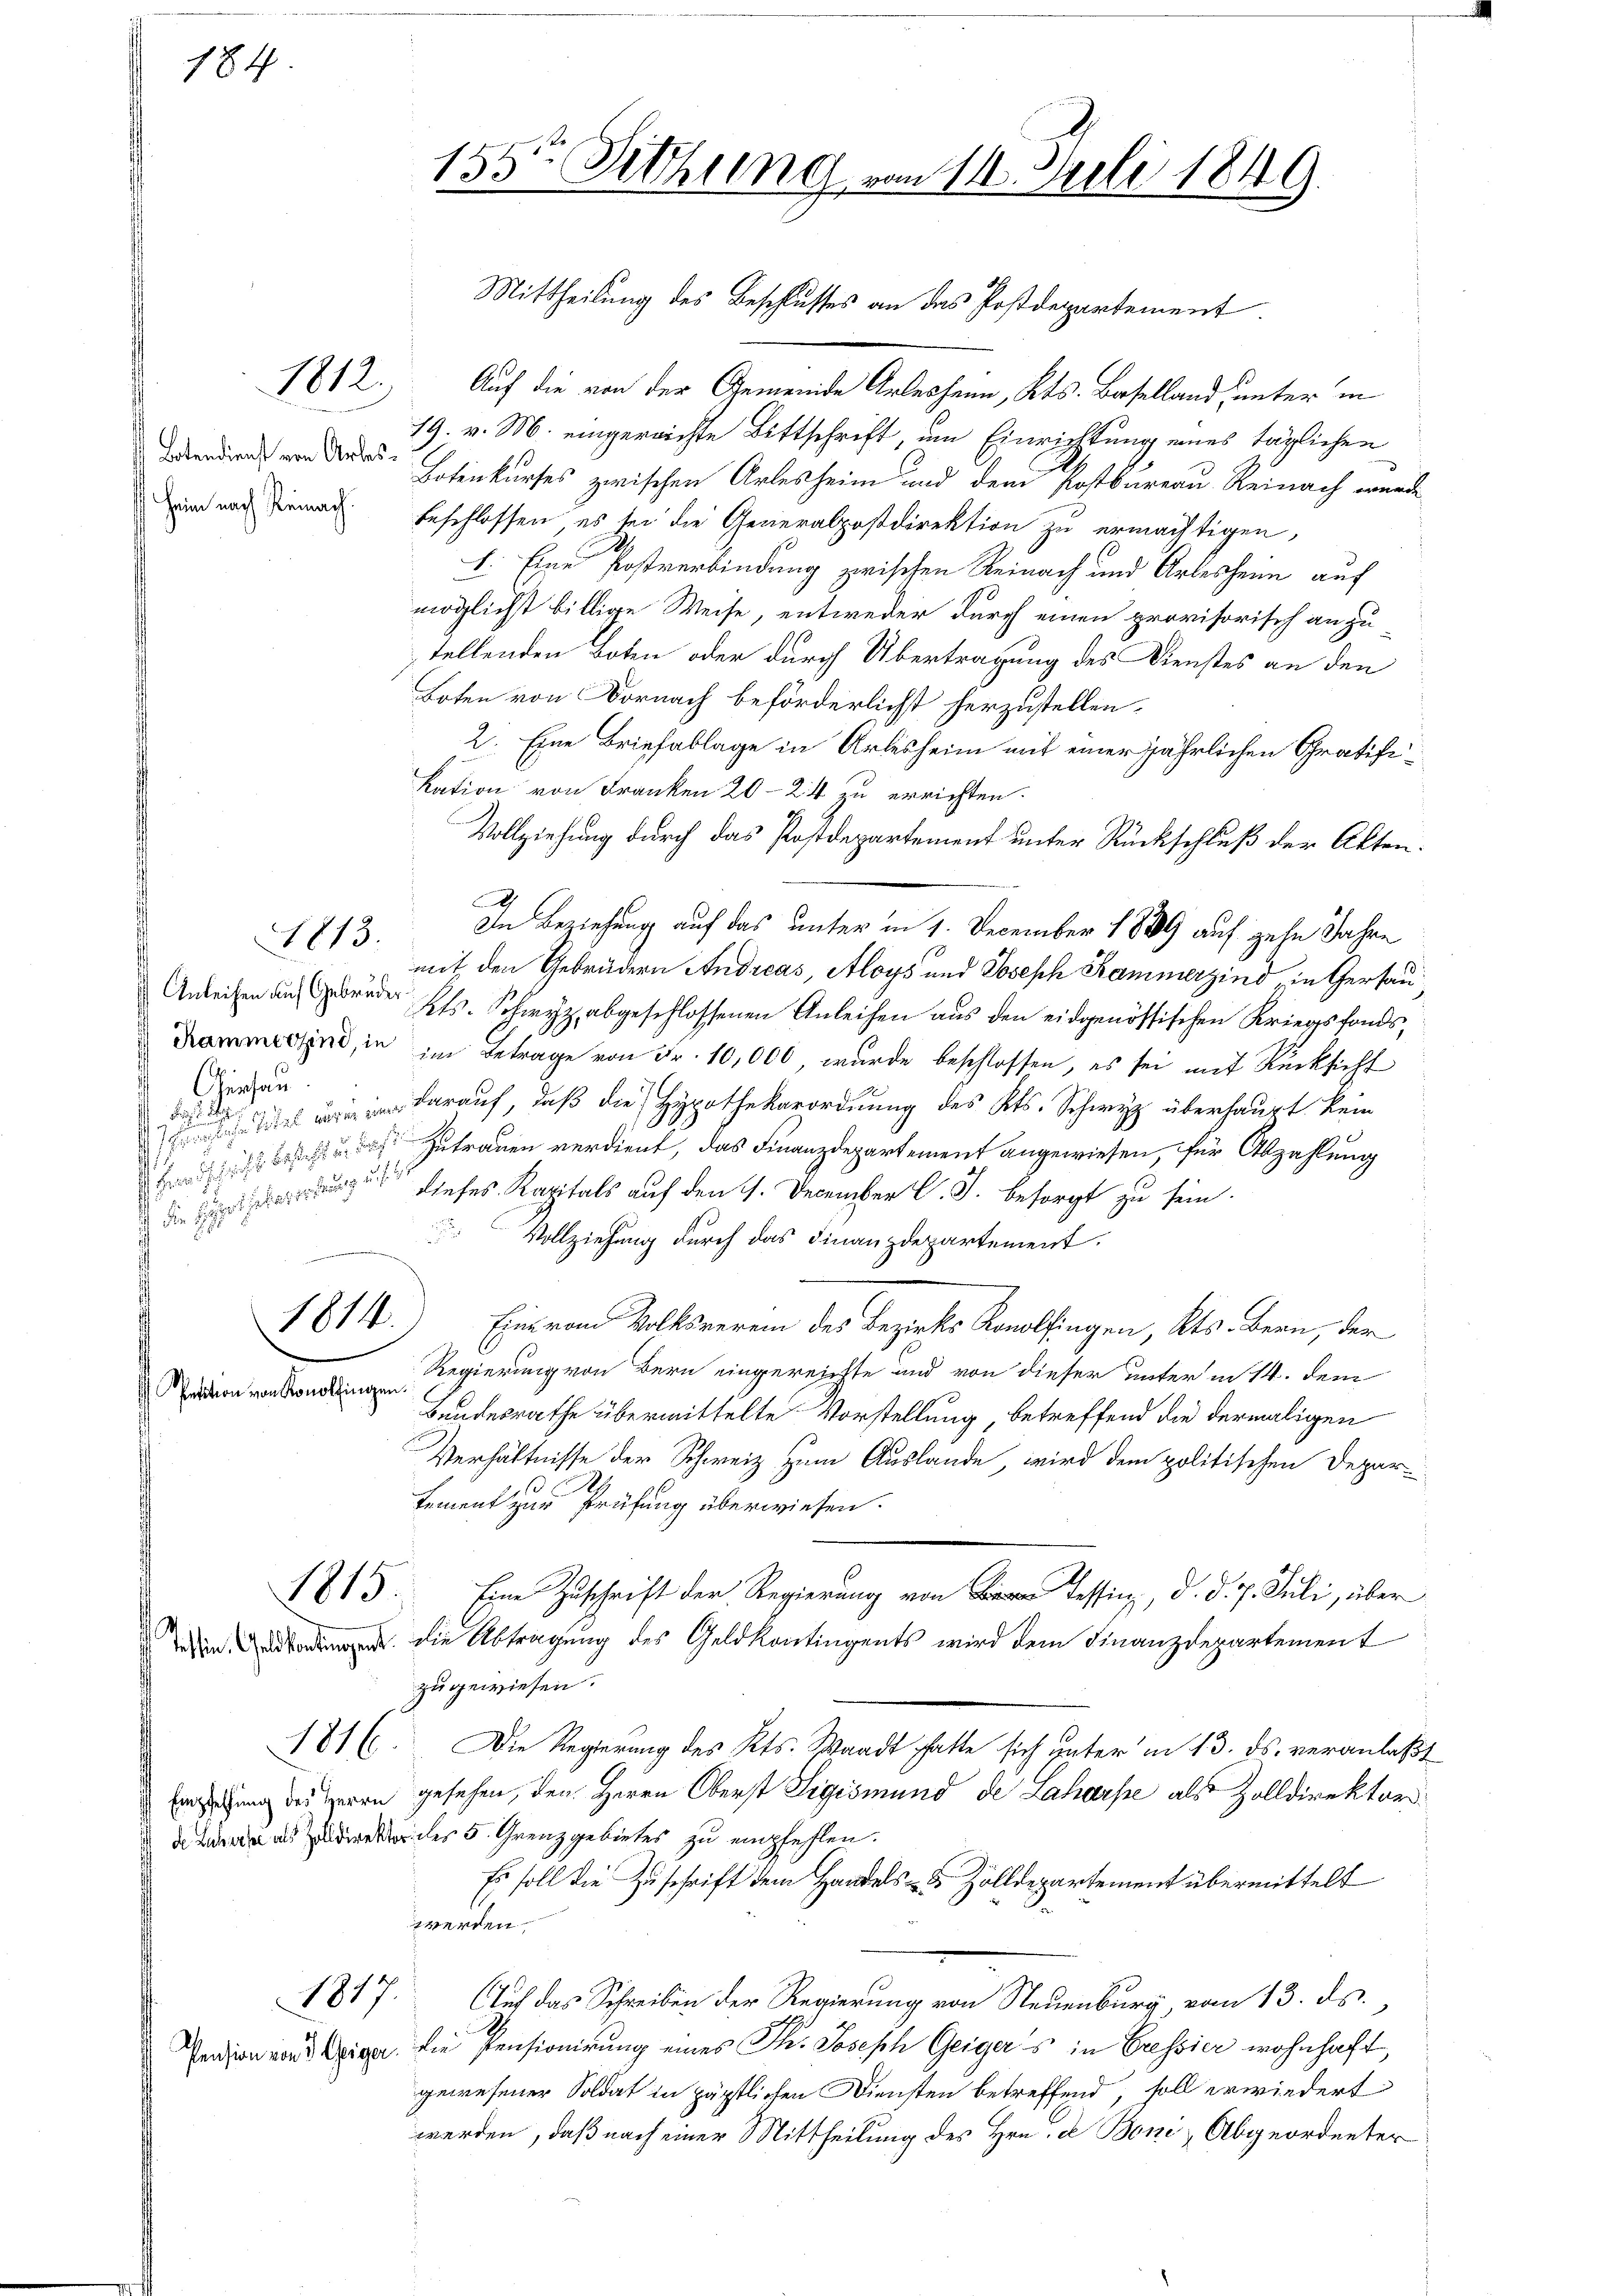
184

1812.

Botendienst von Arles
Heim nach Reinach.

1813.

Anleihen auf Gebrüder
Giehau
 Fest

1814.

Petition von Konolfingen.

1817.

155te Sitzung vom 11. Juli 1849.

Auf die von der Gemeinde Arlesheim, Kts. Baselland, unter in
19. v. M. eingereichte Bittschrift, um Einrichtung eines täglichen
Botenkurses zwischen Arlesheim und dem Postbareau Reinach wurde
beschlossen, es sei die Generalpostdirektion zu ermächtigen,
1. Eine Postverbindung zwischen Reinach und Arlesher auf
möglichst billige Weise, entweder durch einen provisorisch anzu
tellenden Boten oder durch Übertragung des Dienstes an den
Boten von Vornach beförderlichst herzustellen.
2. Eine Briefablage in Arlesheim mit einer jährlichen Gratifikation von Franken 20–24 zu errichten.
Vollziehung durch das Postdepartement unter Rückschluß der Akten.
G
In Beziehung auf das unter in 1. December 1889 auf zehn Jahre
mit den Gebrüdern Andreas, Aloys und Joseph Kammerzind in Gerau
Kts. Schwyz abgeschlossenen Anleihen aus den eidgenössischen Kriegsfonds,
mond, in im Betrage von Fr. 10,000 wurde beschlossen, es sei mit Rücksicht
 darauf, daß die Hypothekarordnung des Kts. Schwyz überhaupt kein
h ich Zutrauen verdient, das Finanzdepartement angewiesen, für Abzahlung
eenge dieses Kapitals auf den 1. December l. J. besorgt zu sein.
Vollziehung durch das Finanzdepartement.
Eine vom Volksverein des Bezirks Konolfingen, Kts. Bern, der
Regierung von Bern eingereichte und von dieser unter in 14. dem
Bundesrathe übermittelte Vorstellung, betreffend die dermaligen
Verhältnisse der Schweiz zum Auslande, wird dem politischen Depar¬
Lement zur Prüfung überwiesen.
1815. Eine Zuschrift der Regierung von Tessin, d. d. 7. Juli, über
Teden vorgen. Die Abtragung des Geldkontingents wird dem Finanzdepartement
zu gewiesen.
1816. Die Regierung des Kts. Waadt hatte sich guter in 13. ds. veranlaßt
Erziehung des Herrn gesehen, den Herrn Oberst Sigismund de Laharpe als Zolldirektor
de Luzern als Zolldirektor des 5. Grenzgebietes zu empfehlen.
Es soll die Zuschrift dem Handels- & Zolldepartement übermittelt
werden
Auf das Schreiben der Regierung von Neuenburg, vom 13. ds.
Pension und in die Pensionirung eines Th. Joseph Geigers in Cressier wohnhaft,
gewesener Soldat in päpstlichen Diensten betreffend, soll erwiedert
werden, daß nach einer Mittheilung des Hrn. De Boni, Abgeordneter

Mittheilung des Beschlusses an das Postdepartement